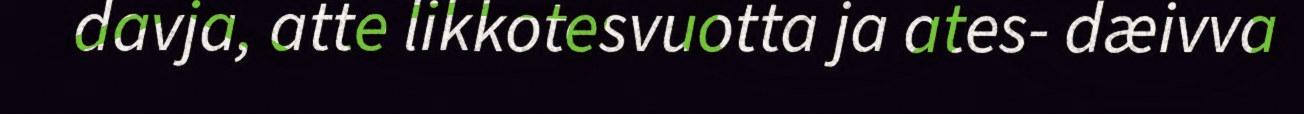
davja, atte likkotesvuotta ja ates- dæivva